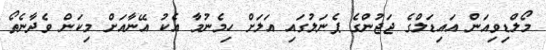
މޯލްޑިވިއަން އައިޑަލްގެ ޖަޖުންގެ ޕެނަލުގައި އަލަށް ހިމެނުމާ އެކު އޭނާއަށް މިކަން ވެދާނެތޯ